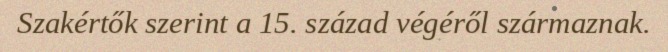
Szakértők szerint a 15. század végéről származnak.